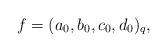
LaTeX: \begin{align*}f = (a_0,b_0,c_0,d_0)_q,\end{align*}